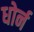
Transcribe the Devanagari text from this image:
धोर्न